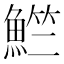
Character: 𬵚